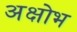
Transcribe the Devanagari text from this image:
अक्षोभ